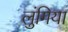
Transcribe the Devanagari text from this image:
लुंगिया